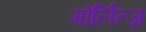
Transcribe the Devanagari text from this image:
गोर्लित्ज़